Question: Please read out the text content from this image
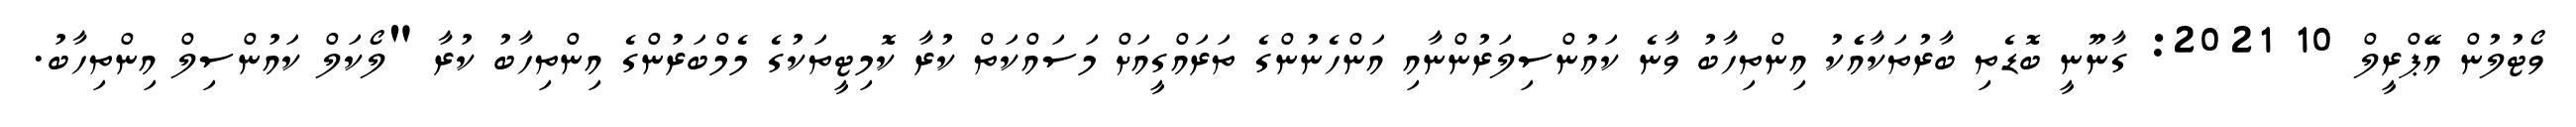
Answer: ވޯޓުލުން އޭޕްރީލް 10 2021: ގާނޫނީ ބޮޑެތި ބާރުތަކާއެެކު އިންތިހާބު ވާނެ ކައުންސިލަރުންނާއި އަންހެނުންގެ ތަރައްގީއަށް މަސައްކަތް ކުރާ ކޮމިޓީތަކުގެ މެމްބަރުންގެ އިންތިހާބު ކުރާ "ލޯކަލް ކައުންސިލް އިންތިހާބު.